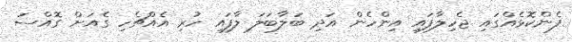
ފެންކޮޅެއްގައި ޖެހިލާފައި އިންހެން އަދި ބަލާބަލަ ލާފައި ހުރި އެއްޗެހި ގެއަށް ގޮއްސަ